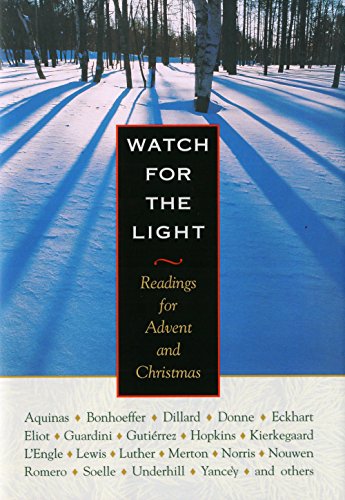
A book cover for Watch for the Light: Readings for Advent and Christmas; Dietrich Bonhoeffer; Christian Books & Bibles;